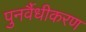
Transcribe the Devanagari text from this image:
पुनर्वैधीकरण